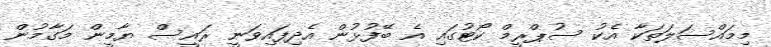
މިމައްސަލަތަކާ އެކު ސުޕްރީމް ކޯޓުގައި އެ ބޭފުޅުން އެދިފައިވަނީ ރައީސް ޔާމީން މަގާމުން